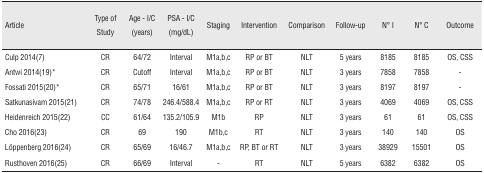
<table><thead><tr><td><b>Article</b></td><td><b>Type of Study</b></td><td><b>Age - I/C (years)</b></td><td><b>PSA - I/C (mg/dL)</b></td><td><b>Staging</b></td><td><b>Intervention</b></td><td><b>Comparison</b></td><td><b>Follow-up</b></td><td><b>N° I</b></td><td><b>N° C</b></td><td><b>Outcome</b></td></tr></thead><tbody><tr><td>Culp 2014(7)</td><td>CR</td><td>64/72</td><td>Interval</td><td>M1a,b,c</td><td>RP or BT</td><td>NLT</td><td>5 years</td><td>8185</td><td>8185</td><td>OS, CSS</td></tr><tr><td>Antwi 2014(19)*</td><td>CR</td><td>Cutoff</td><td>Interval</td><td>M1a,b,c</td><td>RP or BT</td><td>NLT</td><td>3 years</td><td>7858</td><td>7858</td><td>-</td></tr><tr><td>Fossati 2015(20)*</td><td>CR</td><td>65/71</td><td>16/61</td><td>M1a,b,c</td><td>RP or BT</td><td>NLT</td><td>3 years</td><td>8197</td><td>8197</td><td>-</td></tr><tr><td>Satkunasivam 2015(21)</td><td>CR</td><td>74/78</td><td>246.4/588.4</td><td>M1a,b,c</td><td>RP or RT</td><td>NLT</td><td>3 years</td><td>4069</td><td>4069</td><td>OS, CSS</td></tr><tr><td>Heidenreich 2015(22)</td><td>CC</td><td>61/64</td><td>135.2/105.9</td><td>M1b</td><td>RP</td><td>NLT</td><td>3 years</td><td>61</td><td>61</td><td>OS, CSS</td></tr><tr><td>Cho 2016(23)</td><td>CR</td><td>69</td><td>190</td><td>M1b,c</td><td>RT</td><td>NLT</td><td>3 years</td><td>140</td><td>140</td><td>OS</td></tr><tr><td>Löppenberg 2016(24)</td><td>CR</td><td>65/69</td><td>16/46.7</td><td>M1a,b,c</td><td>RP, BT or RT</td><td>NLT</td><td>3 years</td><td>38929</td><td>15501</td><td>OS</td></tr><tr><td>Rusthoven 2016(25)</td><td>CR</td><td>66/69</td><td>Interval</td><td>-</td><td>RT</td><td>NLT</td><td>5 years</td><td>6382</td><td>6382</td><td>OS</td></tr></tbody></table>